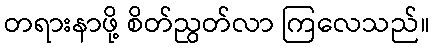
တရားနာဖို့ စိတ်ညွတ်လာ ကြလေသည်။